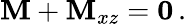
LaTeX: \mathbf{M}+\mathbf{M}_{xz}=\mathbf{0}\, .